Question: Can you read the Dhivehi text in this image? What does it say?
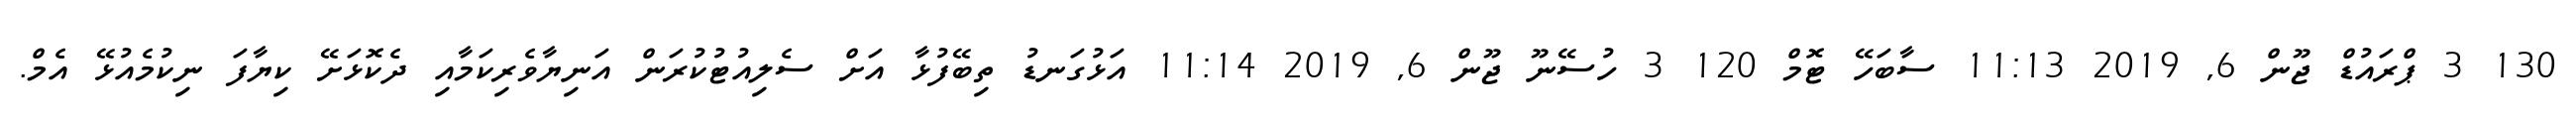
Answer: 130 3 ޕްރައުޑް ޖޫން 6, 2019 11:13 ސާބަހޭ ޓޮމް 120 3 ހުސޭނޫ ޖޫން 6, 2019 11:14 އަޅުގަނޑު ތިބޭފުޅާ އަށް ސެލިއުޓުކުރަން އަނިޔާވެރިކަމާއި ދެކޮޅަށޭ ކިޔާފަ ނިކުމެއުޅޭ އެމް.